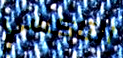
التاكسي